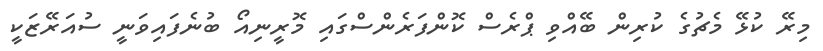
މިރޭ ކުޅޭ މެޗުގެ ކުރިން ބޭއްވި ޕްރެސް ކޮންފަރެންސްގައި މޮރީނިއޯ ބުނެފައިވަނީ ސުއަރޭޒަކީ